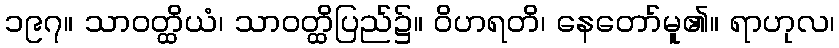
၁၉၇။ သာဝတ္ထိယံ၊ သာဝတ္ထိပြည်၌။ ဝိဟရတိ၊ နေတော်မူ၏။ ရာဟုလ၊